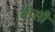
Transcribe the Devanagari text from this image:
बीसौं